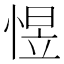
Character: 𱞮